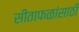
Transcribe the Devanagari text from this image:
सीताफळांसाठी